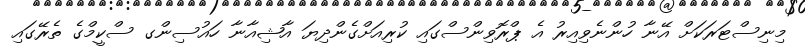
މިނިސްޓަރަކަށް އޭނާ ހުންނެވިއިރު އެ ޕްރޮވިންސްގައި ކުރިއަށްގެންދިޔަ އާޝިއާނާ ހައުސިންގ ސްކީމްގެ ތެރޭގައި